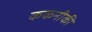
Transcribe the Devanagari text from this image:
ककनीकी